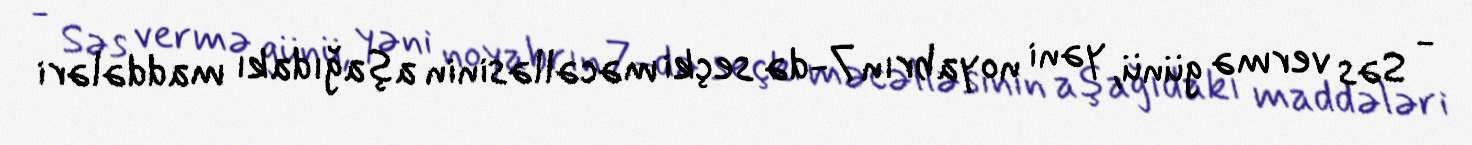
- Səs vermə günü, yəni noyabrın 7-də seçki məcəlləsinin aşağıdakı maddələri